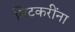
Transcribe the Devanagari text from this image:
मिटकरींना